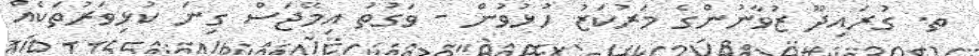
ތ. ގުރައިދޫ ޒުވާނުންގެ މަރުކަޒު ހުޅުވުން - ވަގުތު އިމޭޖަސް ގިނަ ކުޅިވަރުތަކެއް